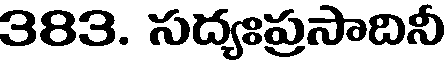
383. సద్యఃప్రసాదినీ